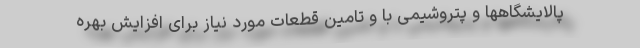
پالایشگاهها و پتروشیمی با و تامین قطعات مورد نیاز برای افزایش بهره